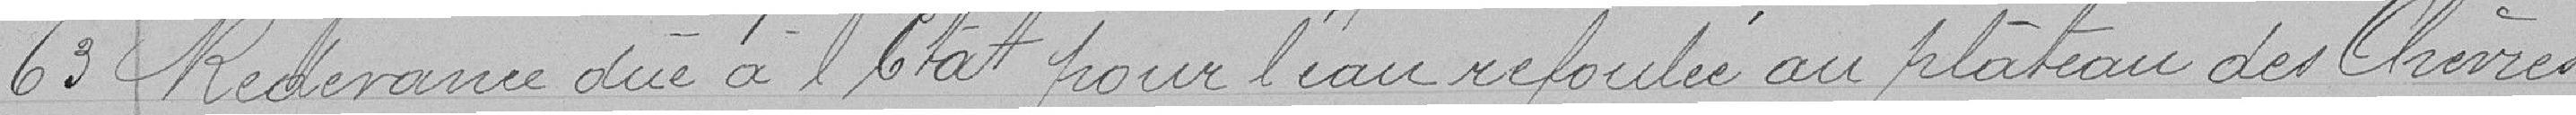
63 Redevance due à l'Etat pour l'eau refoulée au plateau des Chèvres